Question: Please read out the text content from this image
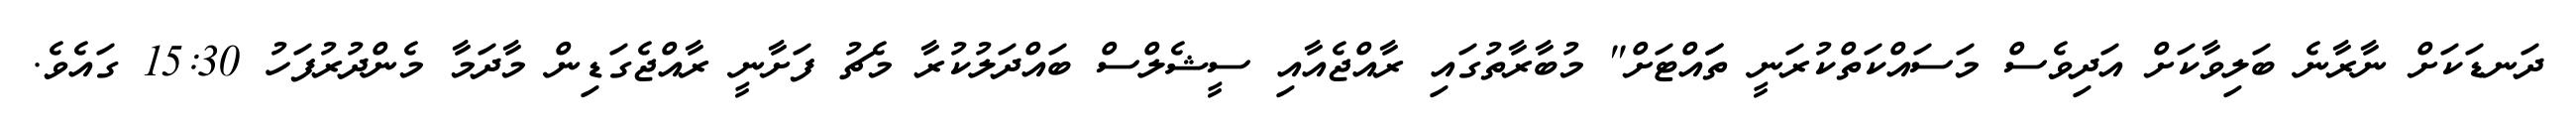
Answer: ދަނޑަކަށް ނާރާނެ ބަލިވާކަށް އަދިވެސް މަސައްކަތްކުރަނީ ތަައްޓަށް" މުބާރާތުގައި ރާއްޖެއާއި ސީޝެލްސް ބައްދަލުކުރާ މެޗު ފަށާނީ ރާއްޖެގަޑިން މާދަމާ މެންދުރުފަހު 15:30 ގައެވެ.